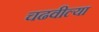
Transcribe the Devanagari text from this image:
चढवील्या